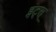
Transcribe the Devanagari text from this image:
इट्स्